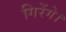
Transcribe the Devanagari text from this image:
गिरेंगे।